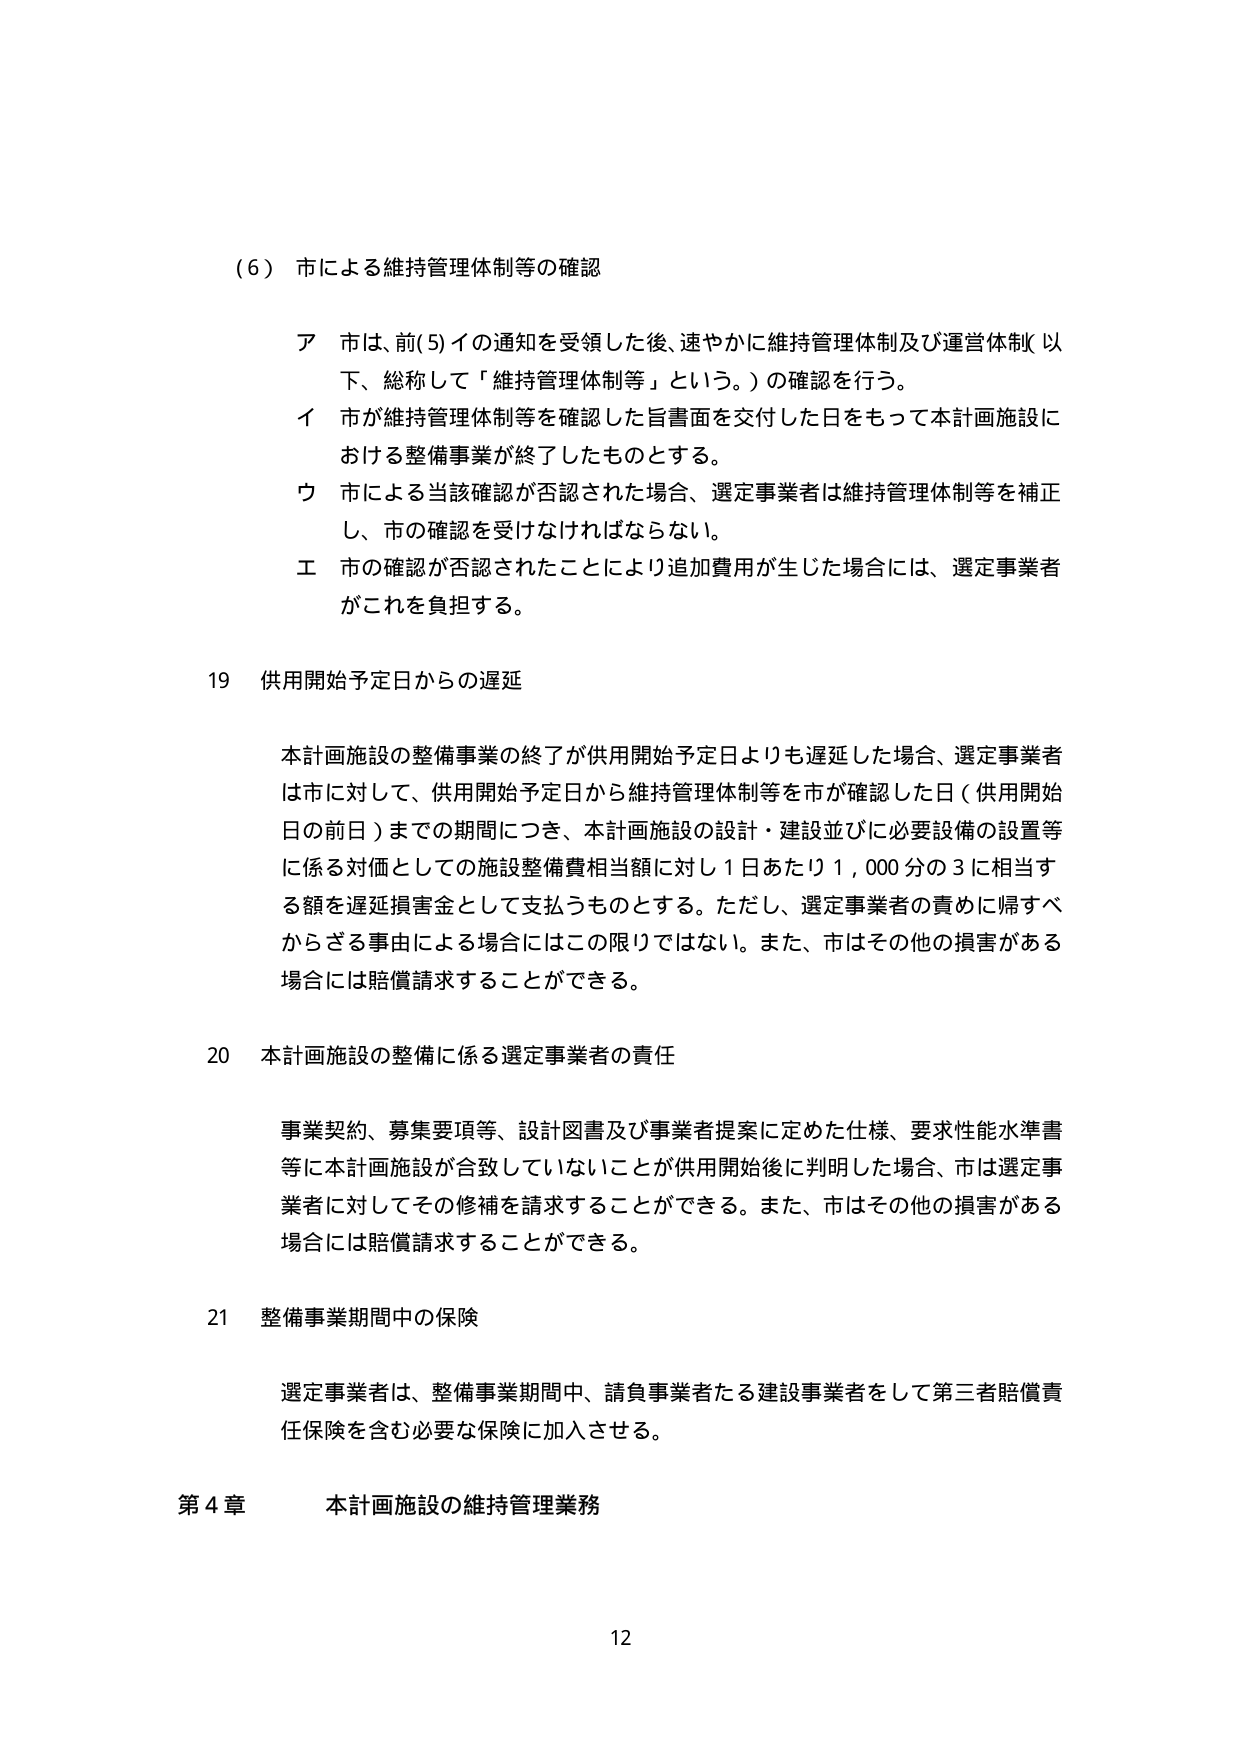
(6) 市による維持管理体制等の確認

ア 市は、前(5)イの通知を受領した後、速やかに維持管理体制及び運営体制（以下、総称して「維持管理体制等」という。）の確認を行う。

イ 市が維持管理体制等を確認した旨書面を交付した日をもって本計画施設における整備事業が終了したものとする。

ウ 市による当該確認が否認された場合、選定事業者は維持管理体制等を補正し、市の確認を受けなければならない。

エ 市の確認が否認されたことにより追加費用が生じた場合には、選定事業者がこれを負担する。

19 供用開始予定日からの遅延

本計画施設の整備事業の終了が供用開始予定日よりも遅延した場合、選定事業者は市に対して、供用開始予定日から維持管理体制等を市が確認した日（供用開始日の前日）までの期間につき、本計画施設の設計・建設並びに必要設備の設置等に係る対価としての施設整備費相当額に対し1日あたり1,000分の3に相当する額を遅延損害金として支払うものとする。ただし、選定事業者の責めに帰すべきからざる事由による場合にはこの限りではない。また、市はその他の損害がある場合には賠償請求することができる。

20 本計画施設の整備に係る選定事業者の責任

事業契約、募集要項等、設計図書及び事業者提案に定めた仕様、要求性能水準書等に本計画施設が合致していないことが供用開始後に判明した場合、市は選定事業者に対してその修補を請求することができる。また、市はその他の損害がある場合には賠償請求することができる。

21 整備事業期間中の保険

選定事業者は、整備事業期間中、請負事業者たる建設事業者をして第三者賠償責任保険を含む必要な保険に加入させる。

第4章 本計画施設の維持管理業務

12